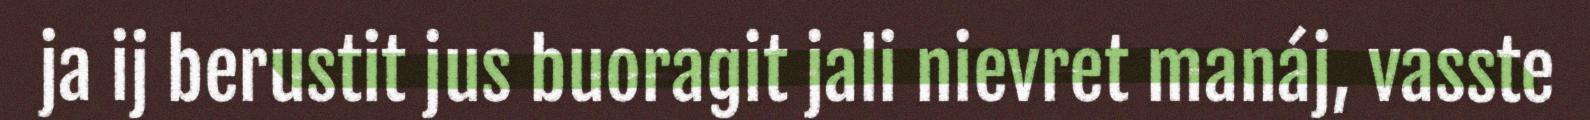
ja ij berustit jus buoragit jali nievret manáj, vasste